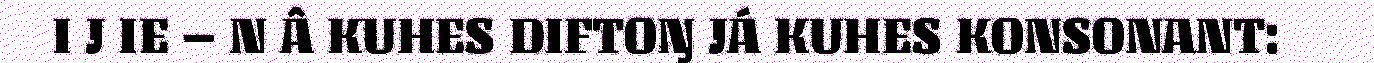
I J IE – N Â KUHES DIFTOŊ JÁ KUHES KONSONANT: